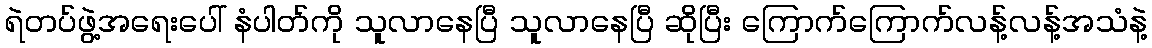
ရဲတပ်ဖွဲ့အရေးပေါ် နံပါတ်ကို သူလာနေပြီ သူလာနေပြီ ဆိုပြီး ကြောက်ကြောက်လန့်လန့်အသံနဲ့